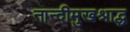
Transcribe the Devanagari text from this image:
नान्दीमुखश्राद्ध